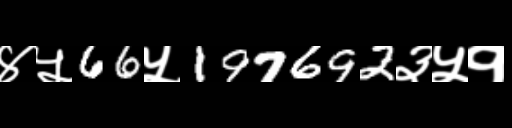
Text: ४५66५197692३५१